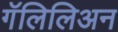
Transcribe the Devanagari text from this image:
गॅलिलिअन